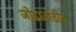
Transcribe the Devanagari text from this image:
जोडातोडीत